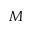
M